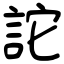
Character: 詑